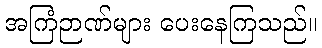
အကြံဉာဏ်များ ပေးနေကြသည်။